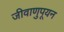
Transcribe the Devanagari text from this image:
जीवाणुपूयन